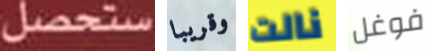
ستحصل وقريبا نالت فوغل